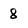
Character: 8